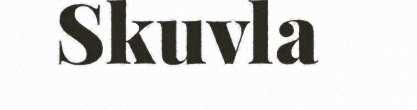
Skuvla